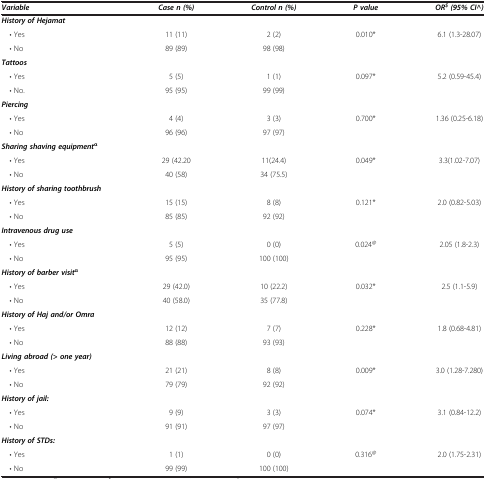
<table><thead><tr><td><b><i>Variable</i></b></td><td><b><i>Case n (%)</i></b></td><td><b><i>Control n (%)</i></b></td><td><b><i>P value</i></b></td><td><b><i>OR</i><sup><i>$ </i></sup><i>(95% CI^)</i></b></td></tr></thead><tbody><tr><td><b><i>History of Hejamat</i></b></td><td> </td><td> </td><td> </td><td> </td></tr><tr><td> • Yes</td><td>11 (11)</td><td>2 (2)</td><td rowspan="2">0.010*</td><td rowspan="2">6.1 (1.3-28.07)</td></tr><tr><td> • No</td><td>89 (89)</td><td>98 (98)</td></tr><tr><td><b><i>Tattoos</i></b></td><td> </td><td> </td><td> </td><td> </td></tr><tr><td> • Yes</td><td>5 (5)</td><td>1 (1)</td><td rowspan="2">0.097*</td><td rowspan="2">5.2 (0.59-45.4)</td></tr><tr><td> • No.</td><td>95 (95)</td><td>99 (99)</td></tr><tr><td><b><i>Piercing</i></b></td><td> </td><td> </td><td> </td><td> </td></tr><tr><td> • Yes</td><td>4 (4)</td><td>3 (3)</td><td rowspan="2">0.700*</td><td rowspan="2">1.36 (0.25-6.18)</td></tr><tr><td> • No</td><td>96 (96)</td><td>97 (97)</td></tr><tr><td><b><i>Sharing shaving equipment</i></b><sup>α</sup></td><td> </td><td> </td><td> </td><td> </td></tr><tr><td> • Yes</td><td>29 (42.20</td><td>11(24.4)</td><td rowspan="2">0.049*</td><td rowspan="2">3.3(1.02-7.07)</td></tr><tr><td> • No</td><td>40 (58)</td><td>34 (75.5)</td></tr><tr><td><b><i>History of sharing toothbrush</i></b></td><td> </td><td> </td><td> </td><td> </td></tr><tr><td> • Yes</td><td>15 (15)</td><td>8 (8)</td><td rowspan="2">0.121*</td><td rowspan="2">2.0 (0.82-5.03)</td></tr><tr><td> • No</td><td>85 (85)</td><td>92 (92)</td></tr><tr><td><b><i>Intravenous drug use</i></b></td><td> </td><td> </td><td> </td><td> </td></tr><tr><td> • Yes</td><td>5 (5)</td><td>0 (0)</td><td rowspan="2">0.024<sup>@</sup></td><td rowspan="2">2.05 (1.8-2.3)</td></tr><tr><td> • No</td><td>95 (95)</td><td>100 (100)</td></tr><tr><td><b><i>History of barber visit</i></b><sup>α</sup></td><td> </td><td> </td><td> </td><td> </td></tr><tr><td> • Yes</td><td>29 (42.0)</td><td>10 (22.2)</td><td rowspan="2">0.032*</td><td rowspan="2">2.5 (1.1-5.9)</td></tr><tr><td> • No</td><td>40 (58.0)</td><td>35 (77.8)</td></tr><tr><td><b><i>History of Haj and/or Omra</i></b></td><td> </td><td> </td><td> </td><td> </td></tr><tr><td> • Yes</td><td>12 (12)</td><td>7 (7)</td><td rowspan="2">0.228*</td><td rowspan="2">1.8 (0.68-4.81)</td></tr><tr><td> • No</td><td>88 (88)</td><td>93 (93)</td></tr><tr><td><b><i>Living abroad (&gt; one year)</i></b></td><td> </td><td> </td><td> </td><td> </td></tr><tr><td> • Yes</td><td>21 (21)</td><td>8 (8)</td><td rowspan="2">0.009*</td><td rowspan="2">3.0 (1.28-7.280)</td></tr><tr><td> • No</td><td>79 (79)</td><td>92 (92)</td></tr><tr><td><b><i>History of jail:</i></b></td><td> </td><td> </td><td> </td><td> </td></tr><tr><td> • Yes</td><td>9 (9)</td><td>3 (3)</td><td rowspan="2">0.074*</td><td rowspan="2">3.1 (0.84-12.2)</td></tr><tr><td> • No</td><td>91 (91)</td><td>97 (97)</td></tr><tr><td><b><i>History of STDs:</i></b></td><td> </td><td> </td><td> </td><td> </td></tr><tr><td> • Yes</td><td>1 (1)</td><td>0 (0)</td><td>0.316<sup>@</sup></td><td>2.0 (1.75-2.31)</td></tr><tr><td> • No</td><td>99 (99)</td><td>100 (100)</td><td> </td><td> </td></tr></tbody></table>